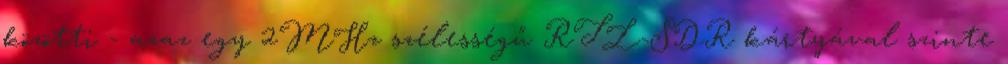
közötti - azaz egy 2MHz szélességű RTL-SDR kártyával szinte